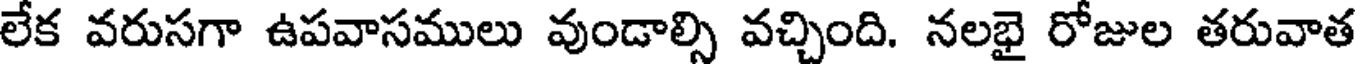
లేక వరుసగా ఉపవాసములు వుండాల్సి వచ్చింది. నలభై రోజుల తరువాత